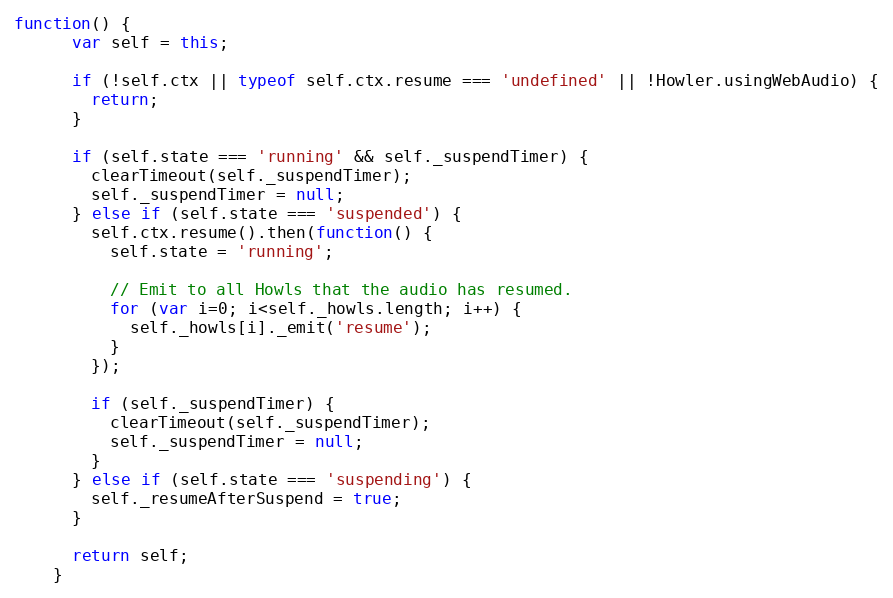
Language: JavaScript
function() {
      var self = this;

      if (!self.ctx || typeof self.ctx.resume === 'undefined' || !Howler.usingWebAudio) {
        return;
      }

      if (self.state === 'running' && self._suspendTimer) {
        clearTimeout(self._suspendTimer);
        self._suspendTimer = null;
      } else if (self.state === 'suspended') {
        self.ctx.resume().then(function() {
          self.state = 'running';

          // Emit to all Howls that the audio has resumed.
          for (var i=0; i<self._howls.length; i++) {
            self._howls[i]._emit('resume');
          }
        });

        if (self._suspendTimer) {
          clearTimeout(self._suspendTimer);
          self._suspendTimer = null;
        }
      } else if (self.state === 'suspending') {
        self._resumeAfterSuspend = true;
      }

      return self;
    }